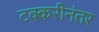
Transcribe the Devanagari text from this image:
टक्करीनंतर